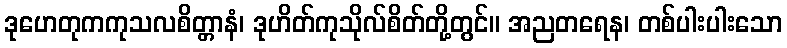
ဒုဟေတုကကုသလစိတ္တာနံ၊ ဒုဟိတ်ကုသိုလ်စိတ်တို့တွင်။ အညတရေန၊ တစ်ပါးပါးသော